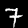
Digit: 7